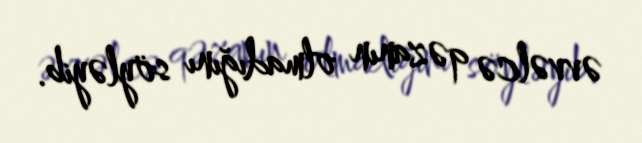
əvvəlcə qəzanın olmadığını söyləyib.